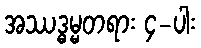
အဿဒ္ဓမ္မတရား ၄-ပါး